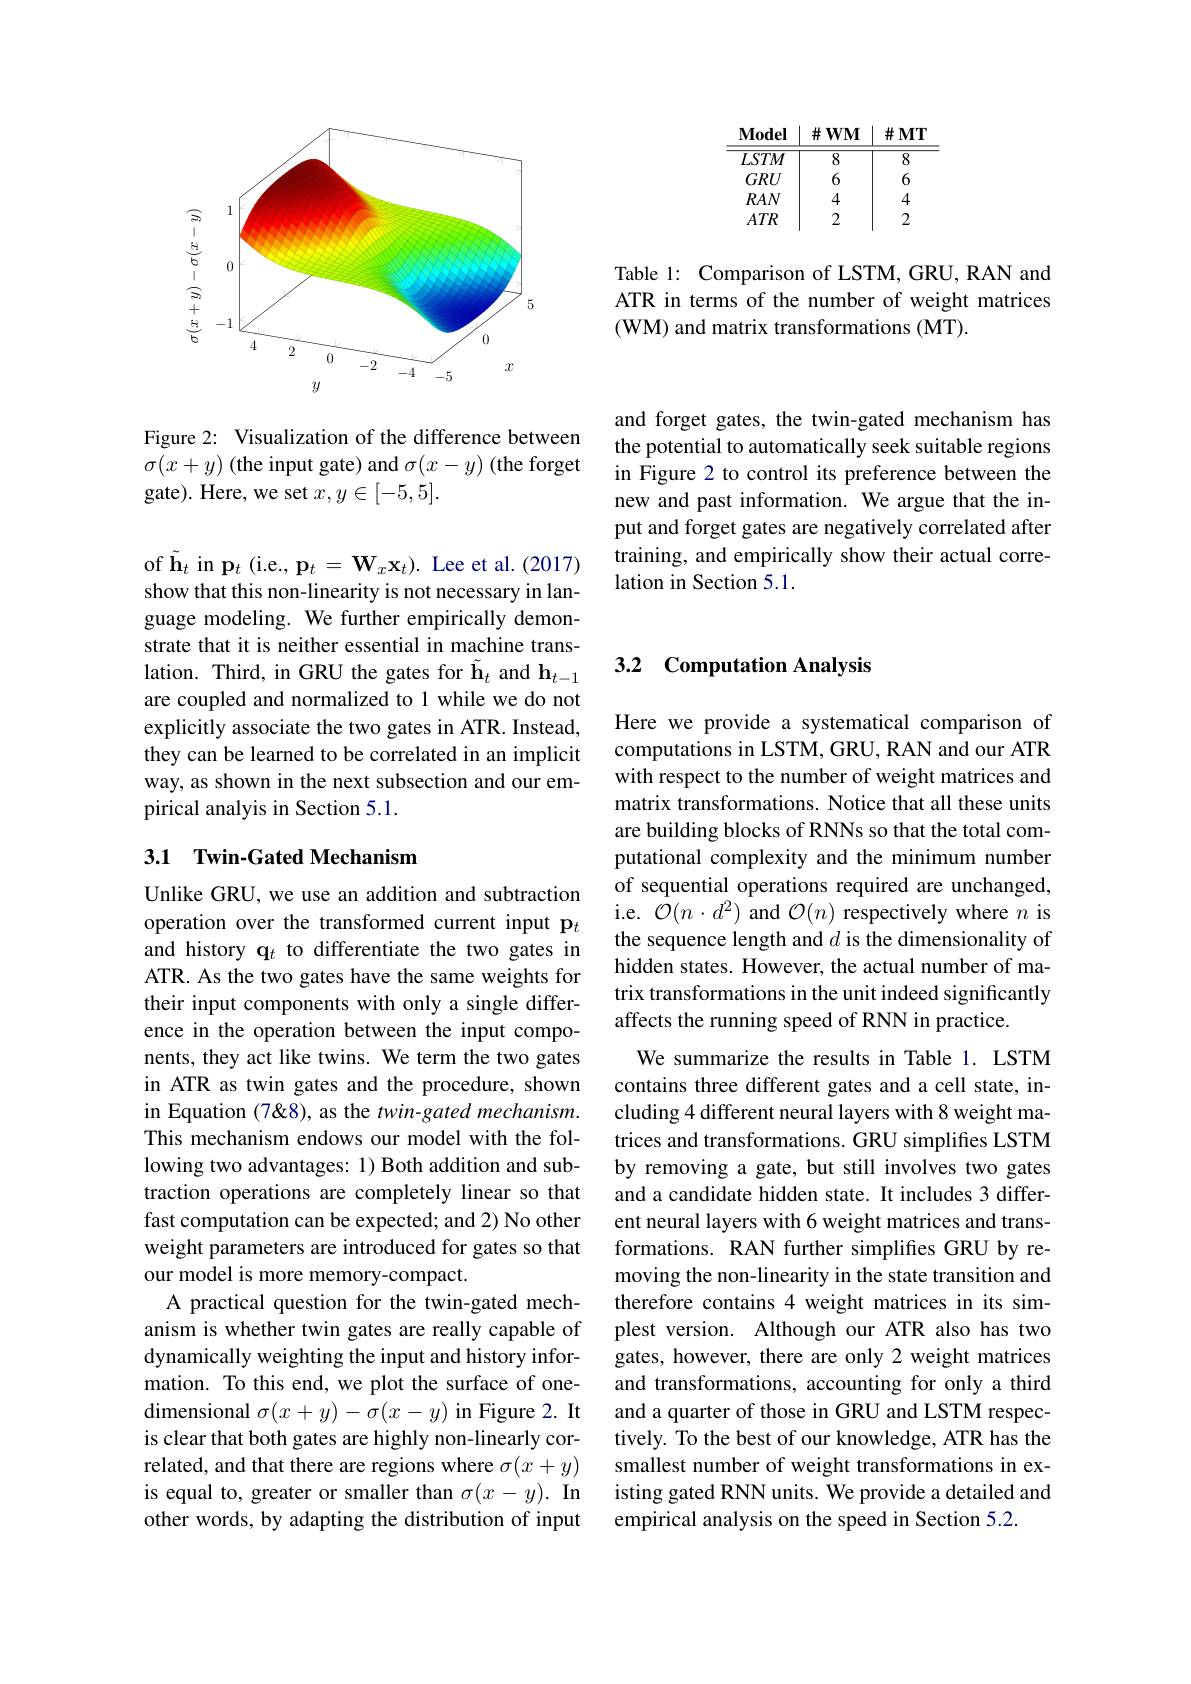
<table>
	<tbody>
		<tr>
			<th>Model</th>
			<th>$\#WM$</th>
			<th>$\#MT$</th>
		</tr>
		<tr>
			<td>$LSTM$</td>
			<td>8</td>
			<td>8</td>
		</tr>
		<tr>
			<td>$GRU$</td>
			<td>6</td>
			<td>6</td>
		</tr>
		<tr>
			<td>$RAN$</td>
			<td>4</td>
			<td>4</td>
		</tr>
		<tr>
			<td>$ATR$</td>
			<td>2</td>
			<td>2</td>
		</tr>
	</tbody>
</table>

Table 1: Comparison of LSTM, GRU, RAN and ATR in terms of the number of weight matrices (WM) and matrix transformations (MT).

and forget gates, the twin-gated mechanism has the potential to automatically seek suitable regions in Figure 2 to control its preference between the new and past information. We argue that the input and forget gates are negatively correlated after training, and empirically show their actual correlation in Section 5.1.

<FigureHere>

Figure 2: Visualization of the difference between $\sigma(x+y)$ (the input gate) and $\sigma(x-y)$ (the forget gate). Here, we set $x,y\in[-5,5].$

of $\tilde{\mathbf{h}}_t$ in $\mathbf{p}_t$ (i.e., $\mathbf{p}_t=\mathbf{W}_x\mathbf{x}_t).$ Lee et al.(2017) show that this non-linearity is not necessary in language modeling. We further empirically demonstrate that it is neither essential in machine translation. Third, in GRU the gates for $\tilde{\mathbf{h}}_t$ and $\mathbf{h}_{t-1}$ are coupled and normalized to 1 while we do not explicitly associate the two gates in ATR. Instead, they can be learned to be correlated in an implicit way, as shown in the next subsection and our empirical analyis in Section 5.1.

## 3.1 Twin-Gated Mechanism

Unlike GRU, we use an addition and subtraction operation over the transformed current input p$_t$ and history q$_t$ to differentiate the two gates in ATR. As the two gates have the same weights for their input components with only a single difference in the operation between the input components, they act like twins. We term the two gates in ATR as twin gates and the procedure, shown in Equation (7&8), as the twin-gated mechanism. This mechanism endows our model with the following two advantages: 1) Both addition and subtraction operations are completely linear so that fast computation can be expected; and 2) No other weight parameters are introduced for gates so that our model is more memory-compact.
A practical question for the twin-gated mechanism is whether twin gates are really capable of dynamically weighting the input and history information. To this end, we plot the surface of onedimensional $\sigma(x+y)-\sigma(x-y)$ in Figure 2. It is clear that both gates are highly non-linearly correlated, and that there are regions where $\sigma(x+y)$ is equal to, greater or smaller than $\sigma ( x- y) . \textbf{In}$ other words, by adapting the distribution of input

### 3.2 Computation Analysis

Here we provide a systematical comparison of computations in LSTM, GRU, RAN and our ATR with respect to the number of weight matrices and matrix transformations. Notice that all these units are building blocks of RNNs so that the total computational complexity and the minimum number of sequential operations required are unchanged, i.e. $\bar{\mathcal{O}}(n\cdot d^{2})$ and $\mathcal{O}(n)$ respectively where $n$ is the sequence length and $d$ is the dimensionality of hidden states. However, the actual number of matrix transformations in the unit indeed significantly affects the running speed of RNN in practice.
We summarize the results in Table 1. LSTM contains three different gates and a cell state, including 4 different neural layers with 8 weight matrices and transformations. GRU simplifies LSTM by removing a gate, but still involves two gates and a candidate hidden state. It includes 3 different neural layers with 6 weight matrices and transformations. RAN further simplifies GRU by removing the non-linearity in the state transition and therefore contains 4 weight matrices in its simplest version. Although our ATR also has two gates, however, there are only 2 weight matrices and transformations, accounting for only a third and a quarter of those in GRU and LSTM respectively. To the best of our knowledge, ATR has the smallest number of weight transformations in existing gated RNN units. We provide a detailed and empirical analysis on the speed in Section 5.2.